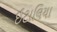
ઈટાલિયા